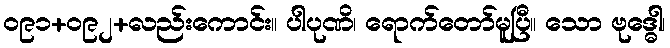
၀၉၁+၀၉၂+လည်းကောင်း။ ပါပုဏိ၊ ရောက်တော်မူပြီ။ သော ဗုဒ္ဓေါ၊